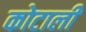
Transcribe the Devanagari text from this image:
कोटाली